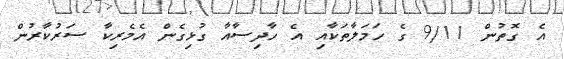
އެ ގޮތުން 9/11 ގެ ހަމަލާތަކާއި އެ ހާދިސާއާ ގުޅިގެން އެމެރިކާ ސަރުކާރުން